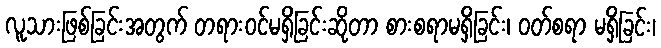
လူသားဖြစ်ခြင်းအတွက် တရားဝင်မရှိခြင်းဆိုတာ စားစရာမရှိခြင်း၊ ဝတ်စရာ မရှိခြင်း၊